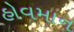
હોવમાન